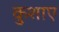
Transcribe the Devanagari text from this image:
कुशाए